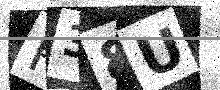
Text: P38U